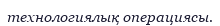
технологиялық операциясы.